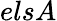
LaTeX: elsA